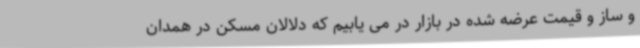
و ساز و قیمت عرضه شده در بازار در می یابیم که دلالان مسکن در همدان